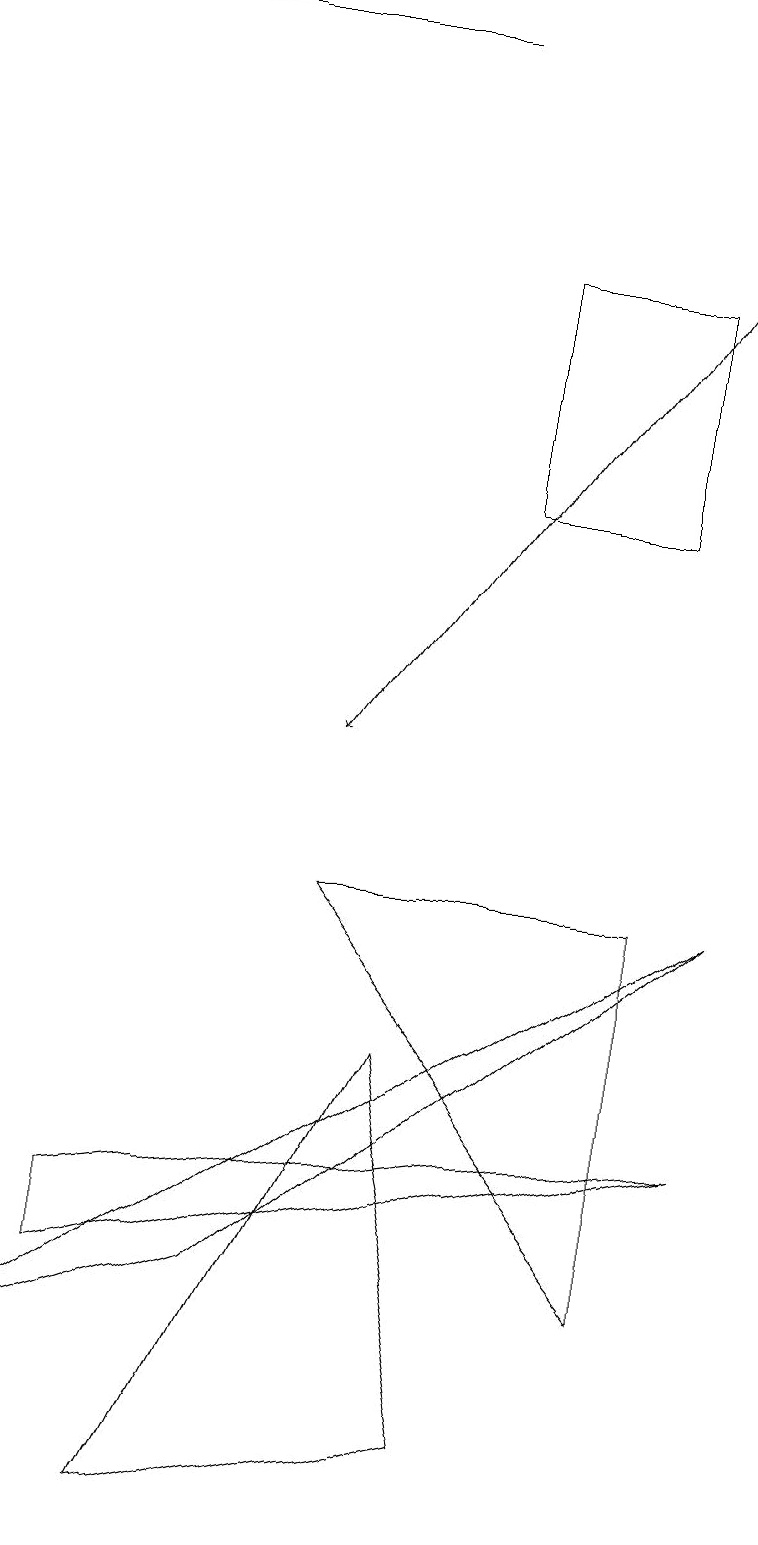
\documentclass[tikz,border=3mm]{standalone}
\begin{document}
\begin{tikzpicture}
\draw (1,4) -- (1,3) -- (9,5) -- cycle;
\draw[->] (9,17) -- (4,10);
\draw (3,3) -- (9,8) -- (0,2) -- cycle;
\draw (8,8) -- (8,3) -- (4,8) -- cycle;
\draw (8,13) rectangle (6,16);
\draw (1,19) rectangle (5,19);
\draw (5,6) -- (2,0) -- (6,1) -- cycle;
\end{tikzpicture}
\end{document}